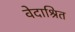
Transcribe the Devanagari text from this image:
वेदाश्रित